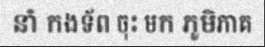
នាំ កងទ័ព ចុះ មក ភូមិភាគ